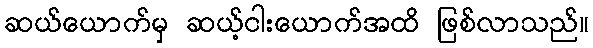
ဆယ်ယောက်မှ ဆယ့်ငါးယောက်အထိ ဖြစ်လာသည်။